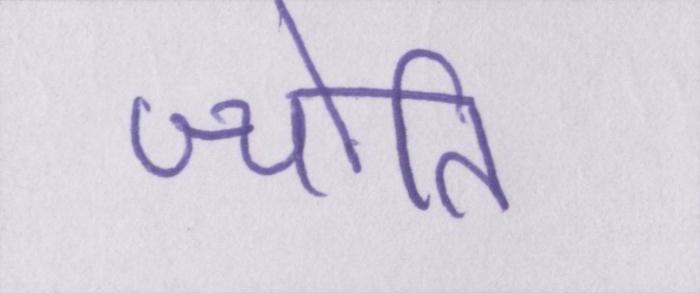
ज्योति